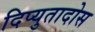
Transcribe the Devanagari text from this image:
दिप्युतादोस